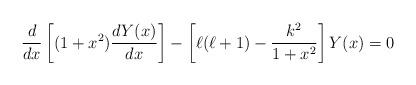
LaTeX: \begin{align*} \frac{d}{d x} \left[ (1+x^2) \frac{d Y(x)}{dx}\right] - \left[ \ell(\ell+1) - \frac{k^2}{1+x^2}\right] Y(x)=0\end{align*}